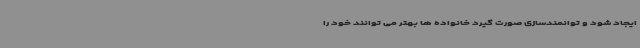
ایجاد شود و توانمندسازی صورت گیرد خانواده ها بهتر می توانند خود را